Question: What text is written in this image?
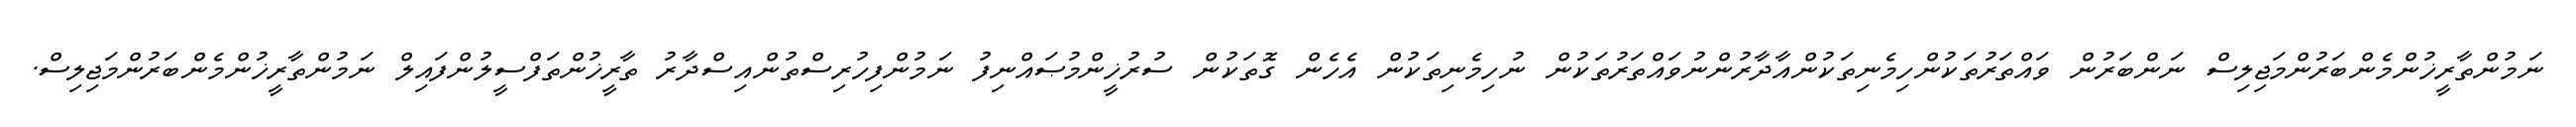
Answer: ނަމުންތާރީޚުންމެންބަރުންމަޖިލިސް ނަންބަރުން ވައްތަރުތަކުންހިމެނިތަކުންއާދާރުންނުވައްތަރުތަކުން ނުހިމެނިތަކުން އެހެން ގޮތަކުން ސުރުޚީންމުޞައްނިފު ނަމުންފިހުރިސްތުންއިސްދާރު ތާރީޚުންތަފްސީލުންފައިލް ނަމުންތާރީޚުންމެންބަރުންމަޖިލިސް.